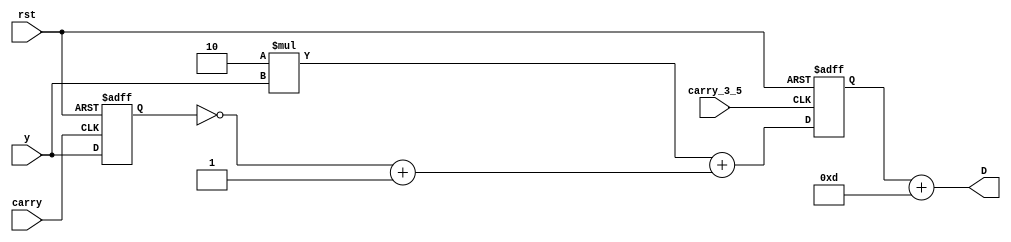
`timescale 1us / 1ns

module two_minus_z_inverse(
    y,
    rst,
    carry_3_5,
    carry,
    D
);


input [4:0] y;
input rst;
input carry_3_5;
input carry;
output [4:0] D;

wire [4:0] y;
wire rst;
wire carry_3_5;
wire carry;
wire [4:0] twice_y;
wire [4:0] delayed_y_twos_comp;

reg [4:0] delayed_y;
reg [4:0] v;
wire [4:0] D;

// 2*y[n] block
assign twice_y = 2*y;

// Delay element z^-1
always @(posedge carry or posedge rst) begin
    if (rst) begin
        delayed_y <= 5'b00000;
    end else begin
        delayed_y <= y;
    end    
end

// Two's complement of delayed output
assign delayed_y_twos_comp = ~(delayed_y) + 5'b00001;

// Add 2*y[n] and y[n]*z^-1 to get v[n]
// Add v[n] + 12 to get D
always @(posedge carry_3_5 or posedge rst) begin
    if (rst) begin
        v <= 5'b00000;
    end else begin
    v <= twice_y + delayed_y_twos_comp; 
    end   
end

assign D = v + 5'b01101;

endmodule